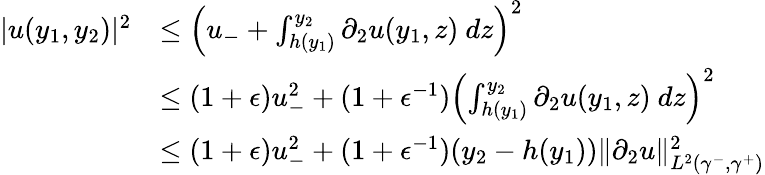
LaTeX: \begin{array}{rl}{|u(y_{1},y_{2})|^{2}}&{\leq\left(u_{-}+\int_{h(y_{1})}^{y_{2}}\partial_{2}u(y_{1},z)\ dz\right)^{2}}\\ &{\leq(1+\epsilon)u_{-}^{2}+(1+\epsilon^{-1})\left(\int_{h(y_{1})}^{y_{2}}\partial_{2}u(y_{1},z)\ dz\right)^{2}}\\ &{\leq(1+\epsilon)u_{-}^{2}+(1+\epsilon^{-1})(y_{2}-h(y_{1}))\| \partial_{2}u\| _{L^{2}(\gamma^{-},\gamma^{+})}^{2}}\end{array}